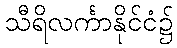
သီရိလင်္ကာနိုင်ငံ၌